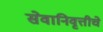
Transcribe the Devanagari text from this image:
सेवानिवृत्तीचे